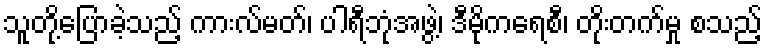
သူတို့ပြောခဲ့သည့် ကားလ်မတ်၊ ပါရီဘုံအဖွဲ့၊ ဒီမိုကရေစီ၊ တိုးတက်မှု စသည့်